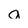
Character: a